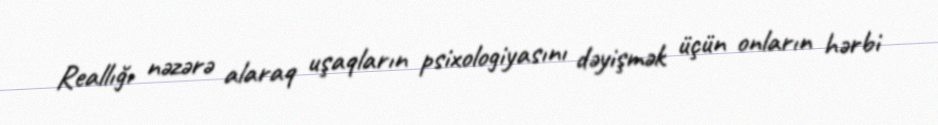
Reallığı nəzərə alaraq uşaqların psixologiyasını dəyişmək üçün onların hərbi